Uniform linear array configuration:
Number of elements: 32
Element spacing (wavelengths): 0.25
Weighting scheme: binomial
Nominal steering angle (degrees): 0
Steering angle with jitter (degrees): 0.2387
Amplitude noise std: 0.05
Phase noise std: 0.05

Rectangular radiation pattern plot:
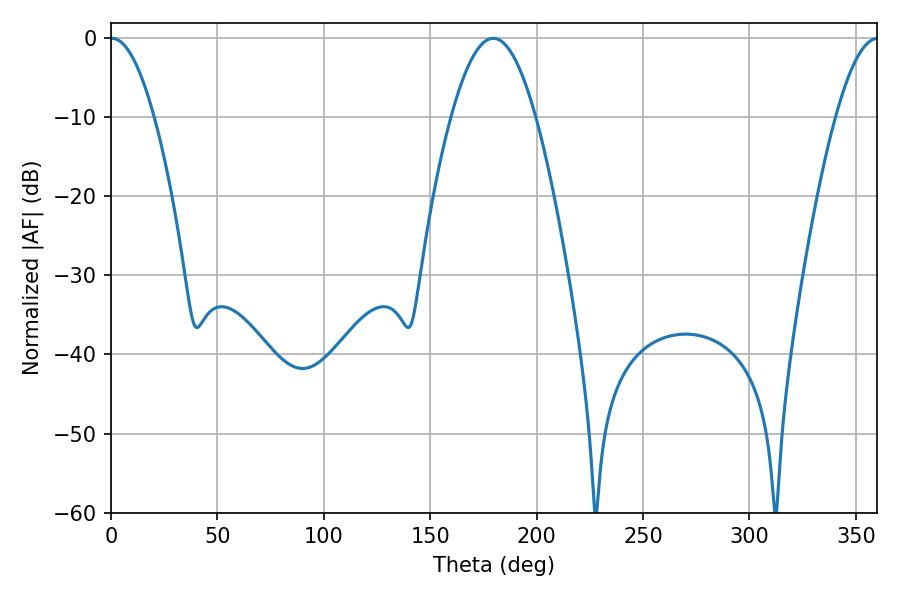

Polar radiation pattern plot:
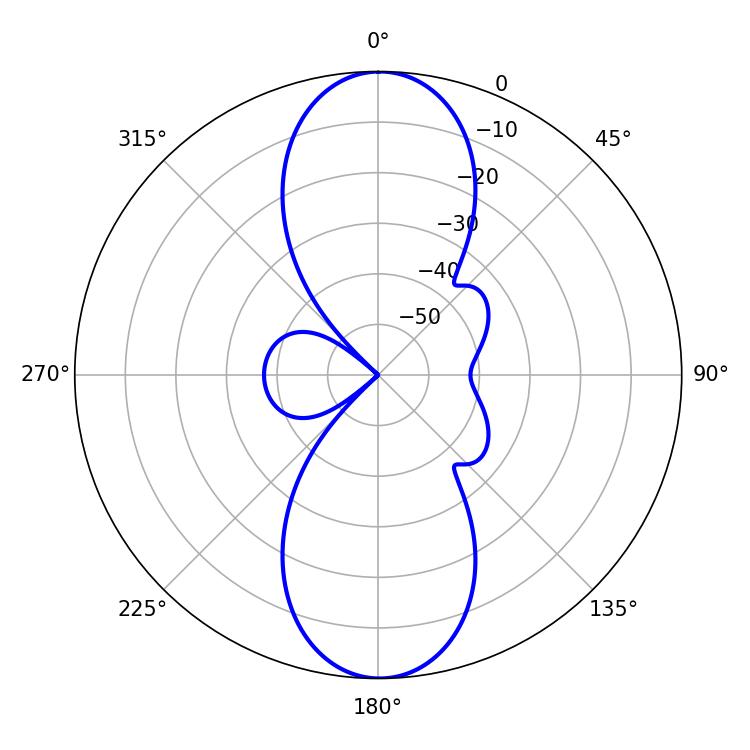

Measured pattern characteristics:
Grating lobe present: FALSE
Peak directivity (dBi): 25.884
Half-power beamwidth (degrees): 11.16
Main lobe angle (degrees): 0.36